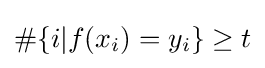
\#\{i|f(x_{i})=y_{i}\}\geq t